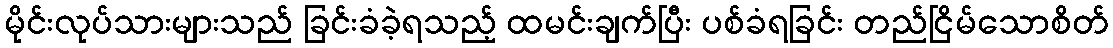
မိုင်းလုပ်သားများသည် ခြင်းခံခဲ့ရသည့် ထမင်းချက်ပြီး ပစ်ခံရခြင်း တည်ငြိမ်သောစိတ်